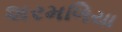
શરમળિયા